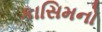
કાસિમનો